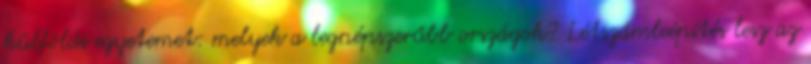
külföldi egyetemet: melyek a legnépszerűbb országok? Létszámleépítés lesz az